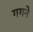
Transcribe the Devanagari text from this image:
गगने